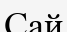
Сай